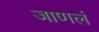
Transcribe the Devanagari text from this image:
जाणलं